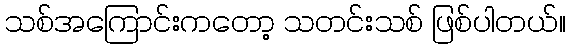
သစ်အကြောင်းကတော့ သတင်းသစ် ဖြစ်ပါတယ်။